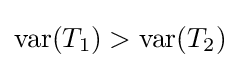
\operatorname {var} (T_{1})>\operatorname {var} (T_{2})